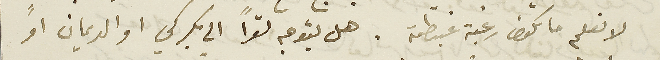
لا نعلم ما تكون رغبة غبطته. هل يتوجه تواً الى بكركي او الديمان او